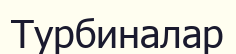
Турбиналар